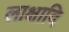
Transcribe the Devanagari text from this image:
लाक्षादि